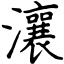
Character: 瀼